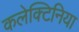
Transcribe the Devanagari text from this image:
कलेक्टिनिया